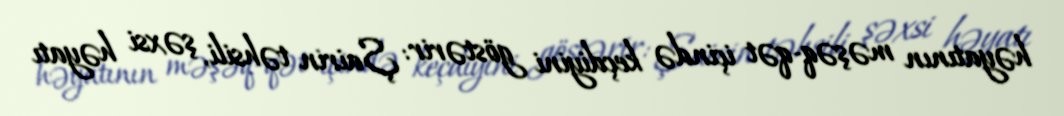
həyatının məşəq-qət içində keçdiyini göstərir: Şairin təhsili, şəxsi həyatı